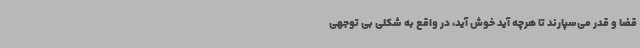
قضا و قدر می‌سپارند تا هرچه آید خوش آید، در واقع به شکلی بی توجهی